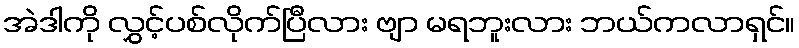
အဲဒါကို လွှင့်ပစ်လိုက်ပြီလား ဗျာ မရဘူးလား ဘယ်ကလာရှင်။